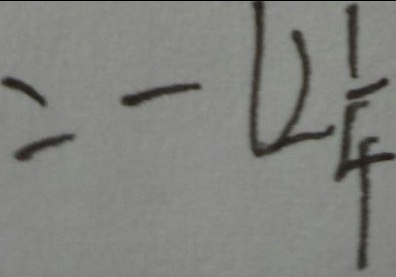
= - 1 2 \frac { 1 } { 4 }